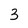
Character: 3